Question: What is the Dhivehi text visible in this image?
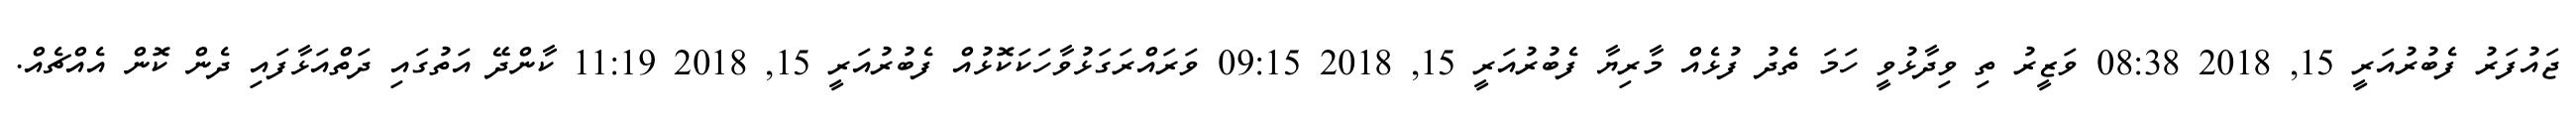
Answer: ޖައުފަރު ފެބުރުއަރީ 15, 2018 08:38 ވަޒީރު ތި ވިދާޅުވީ ހަމަ ތެދު ފުޅެއް މާރިޔާ ފެބުރުއަރީ 15, 2018 09:15 ވަރައްރަގަޅުވާހަކަކޮޅުއް ފެބުރުއަރީ 15, 2018 11:19 ކާންދޭ އަތުގައި ދަތްއަޅާފައި ދެން ކޮން އެއްޗެއް.